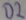
Text: D2